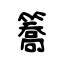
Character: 簥